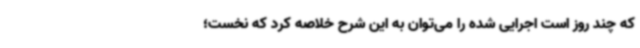
که چند روز است اجرایی شده را می‌توان به این شرح خلاصه کرد که نخست؛